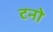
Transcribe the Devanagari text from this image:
टनो